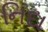
નિદા